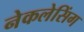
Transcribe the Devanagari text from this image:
नेकलेसिंग